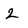
Character: 2